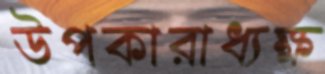
উপকারাধ্যক্ষ